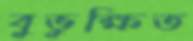
বুভুক্ষিত